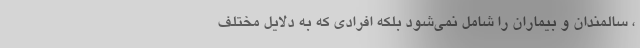
، سالمندان و بیماران را شامل نمی‌شود بلکه افرادی که به دلایل مختلف